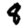
Digit: 8